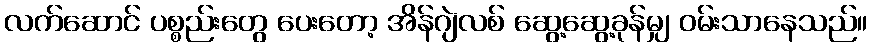
လက်ဆောင် ပစ္စည်းတွေ ပေးတော့ အိန်ဂျဲလစ် ဆွေ့ဆွေ့ခုန်မျှ ဝမ်းသာနေသည်။